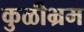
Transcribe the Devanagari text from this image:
कुळीभ्रम